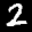
Label: 2